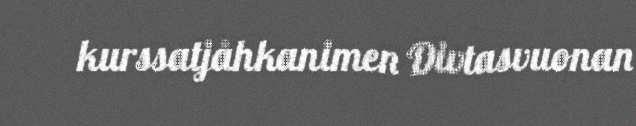
kurssatjåhkanimen Divtasvuonan